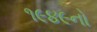
૧૯૪૯નો